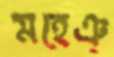
মহেঞ্